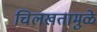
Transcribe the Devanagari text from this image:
चिलखतामुळे